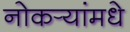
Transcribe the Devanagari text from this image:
नोकर्‍यांमधे